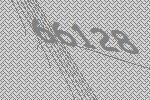
66128